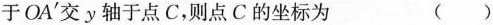
于OA'交y轴于点C，则点C的坐标为 ()